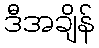
ဒီအချိန်